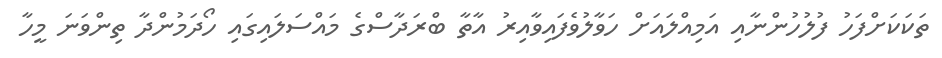
ތަކަކަށްފަހު ފުލުހުންނާއި އަމިއްލައަށް ހަވާލުވެފައިވާއިރު އާތާ ބްރަދާސްގެ މައްސަލައިގައި ހޯދަމުންދާ ތިންވަނަ މީހާ